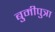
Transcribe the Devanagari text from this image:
बुमीपुत्रा